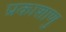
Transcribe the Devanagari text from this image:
प्रकाशाणु